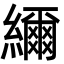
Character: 䌤